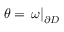
\theta = \left. \omega \right| _ { \partial D }